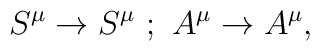
S^{\mu} \rightarrow S^{\mu} \, \, ; \, \, A^{\mu}\rightarrow A^{\mu} ,